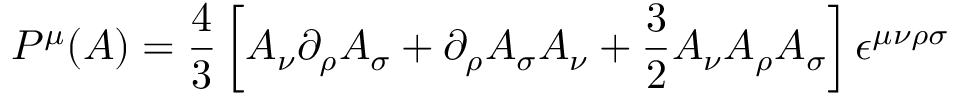
P ^ { \mu } ( { \cal A } ) = \frac { 4 } { 3 } \left[ { \cal A } _ { \nu } \partial _ { \rho } { \cal A } _ { \sigma } + \partial _ { \rho } { \cal A } _ { \sigma } { \cal A } _ { \nu } + \frac { 3 } { 2 } { \cal A } _ { \nu } { \cal A } _ { \rho } { \cal A } _ { \sigma } \right] \epsilon ^ { \mu \nu \rho \sigma }